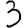
Digit: 3